Report of an investigation into the causes of the diseases known in Assam as Kála-Azár and Beri-Beri
Disease focus: Beri-Beri
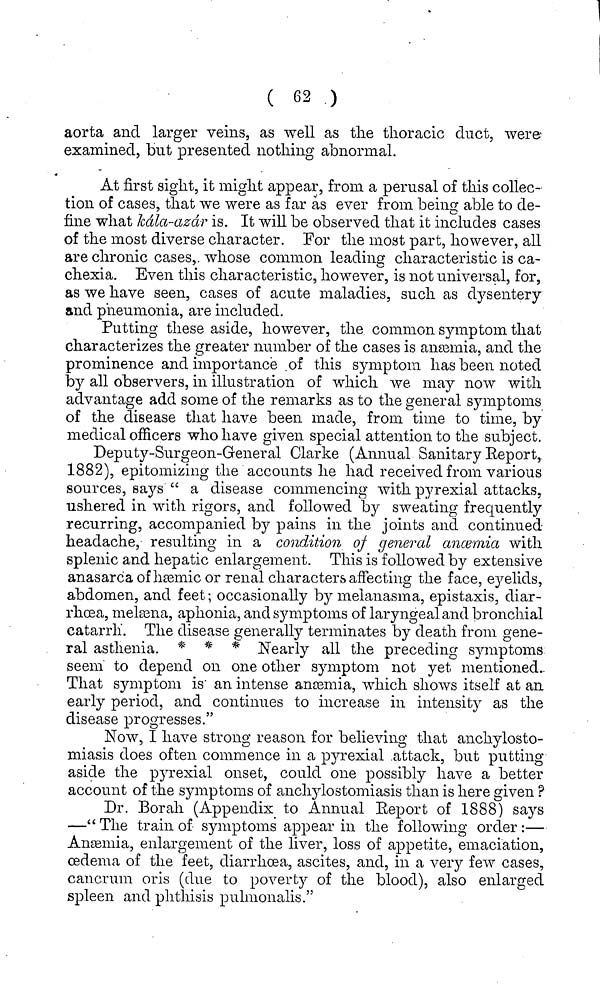
( 62 )
aorta and larger veins, as well as the thoracic duct, were
examined, but presented nothing abnormal.
At first sight, it might appear, from a perusal of this collec-
tion of cases, that we were as far as ever from being able to de-
fine what kála-azár is. It will be observed that it includes cases
of the most diverse character. For the most part, however, all
are chronic cases,. whose common leading characteristic is ca-
chexia. Even this characteristic, however, is not universal, for,
as we have seen, cases of acute maladies, such as dysentery
and pneumonia, are included.
Putting these aside, however, the common symptom that
characterizes the greater number of the cases is anæmia, and the
prominence and importance of this symptom has been noted
by all observers, in illustration of which we may now with
advantage add some of the remarks as to the general symptoms
of the disease that have been made, from time to time, by
medical officers who have given special attention to the subject.
Deputy-Surgeon-General Clarke (Annual Sanitary Eeport,
1882), epitomizing the accounts he had received from various
sources, says " a disease commencing with pyrexial attacks,
ushered in with rigors, and followed by sweating frequently
recurring, accompanied by pains in the joints and continued-
headache, resulting in a condition of general anœmia with
splenic and hepatic enlargement. This is followed by extensive
anasarca of hæmic or renal characters affecting the face, eyelids,
abdomen, and feet ; occasionally by melanasma, epistaxis, diar-
rhoea, melæna, aphonia, and symptoms of laryngealand bronchial
catarrh. The disease generally terminates by death from gene-
ral asthenia. * * * Nearly all the preceding symptoms
seem to depend on one other symptom not yet mentioned.
That symptom is an intense anæmia, which shows itself at an
early period, and continues to increase in intensity as the
disease progresses."
Now, I have strong reason for believing that anchylosto-
miasis does often commence in a pyrexial attack, but putting
aside the pyrexial onset, could one possibly have a better
account of the symptoms of anchylostomiasis than is here given ?
Dr. Borah (Appendix to Annual Eeport of 1888) says
—" The train of symptoms appear in the following order :—
Anaemia, enlargement of the liver, loss of appetite, emaciation,
œdema of the feet, diarrhoea, ascites, and, in a very few cases,
cancrum oris (due to poverty of the blood), also enlarged
spleen and phthisis pulmonalis."